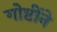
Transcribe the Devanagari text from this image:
गोष्टींने